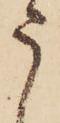
う